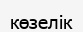
көзелік